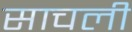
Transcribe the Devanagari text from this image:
साचली